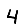
Digit: 4